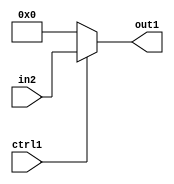
`timescale 1ps / 1ps
/*****************************************************************************
    Verilog RTL Description
    
    
    Created by: Stratus DpOpt 2019.1.01 
*******************************************************************************/

module feature_write_addr_gen_Muxu32i0u1_4_0 (
	in2,
	ctrl1,
	out1
	); /* architecture "behavioural" */ 
input [31:0] in2;
input  ctrl1;
output [31:0] out1;
wire [31:0] asc001;

reg [31:0] asc001_tmp_0;
assign asc001 = asc001_tmp_0;
always @ (ctrl1 or in2) begin
	case (ctrl1)
		1'B1 : asc001_tmp_0 = in2 ;
		default : asc001_tmp_0 = 32'B00000000000000000000000000000000 ;
	endcase
end

assign out1 = asc001;
endmodule

/* CADENCE  v7HxTAs= : u9/ySgnWtBlWxVPRXgAZ4Og= ** DO NOT EDIT THIS LINE ******/